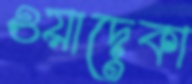
ওয়াদেকা